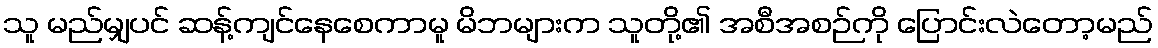
သူ မည်မျှပင် ဆန့်ကျင်နေစေကာမူ မိဘများက သူတို့၏ အစီအစဉ်ကို ပြောင်းလဲတော့မည်